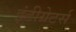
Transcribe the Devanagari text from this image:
इंटीग्रेटर्स